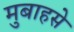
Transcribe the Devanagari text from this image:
मुबाहसे